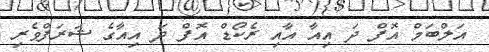
އަލްބަމް އޮފް ދަ އިއާ އާއި ރެކޯޑް އޮފް ދަ އިއާގެ ޝަރަފްވެރި